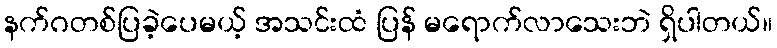
နက်ဂတစ်ပြခဲ့ပေမယ့် အသင်းထံ ပြန် မရောက်လာသေးဘဲ ရှိပါတယ်။